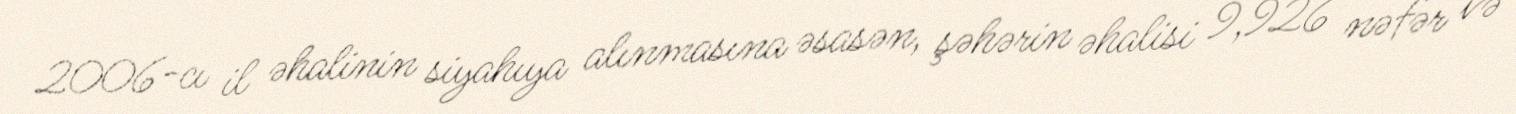
2006-cı il əhalinin siyahıya alınmasına əsasən, şəhərin əhalisi 9,926 nəfər və